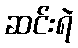
ဆင်းရဲ